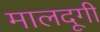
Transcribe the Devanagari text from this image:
मालदूगी